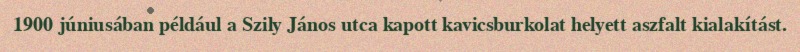
1900 júniusában például a Szily János utca kapott kavicsburkolat helyett aszfalt kialakítást.